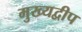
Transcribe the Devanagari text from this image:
मुख्यद्वीप